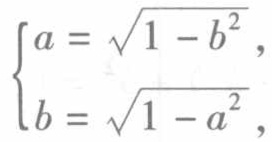
\[
\begin{cases}
a = \sqrt{1 - b^{2}}, \\
b = \sqrt{1 - a^{2}},
\end{cases}
\]